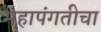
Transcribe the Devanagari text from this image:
महापंगतीचा